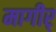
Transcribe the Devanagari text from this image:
मागीर्